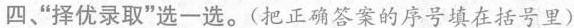
四”择优录取”选一选。(把正确答案的序号填在括号里)